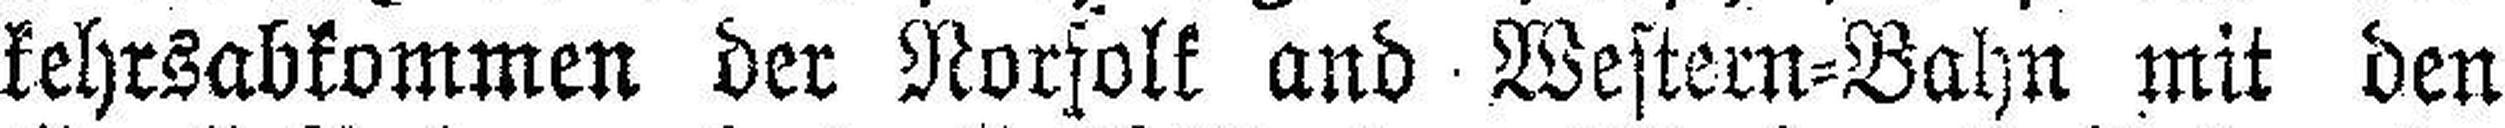
kehrsabkommen der Norfolk and Western=Bahn mit den